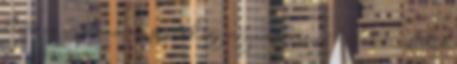
lévén az információs pontok egy olyan korszerű hálózata alakul